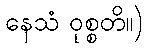
နေသံ ဝုစ္စတိ။)